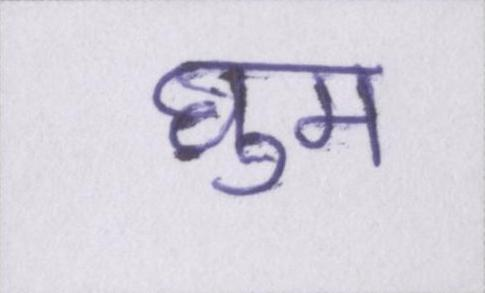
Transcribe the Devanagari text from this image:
घुम